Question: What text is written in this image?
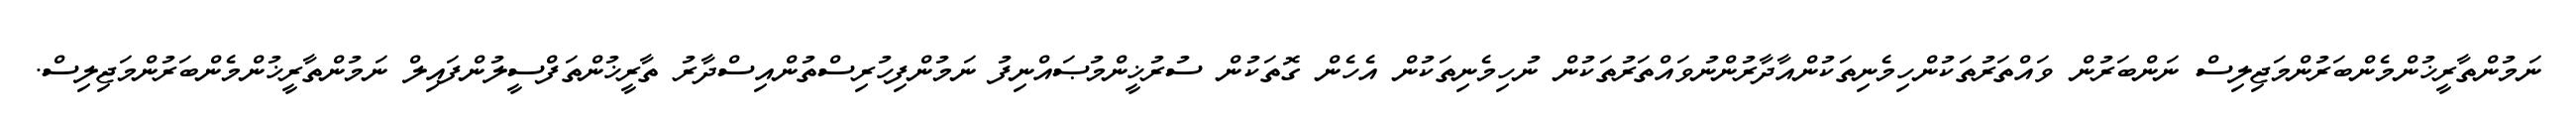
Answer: ނަމުންތާރީޚުންމެންބަރުންމަޖިލިސް ނަންބަރުން ވައްތަރުތަކުންހިމެނިތަކުންއާދާރުންނުވައްތަރުތަކުން ނުހިމެނިތަކުން އެހެން ގޮތަކުން ސުރުޚީންމުޞައްނިފު ނަމުންފިހުރިސްތުންއިސްދާރު ތާރީޚުންތަފްސީލުންފައިލް ނަމުންތާރީޚުންމެންބަރުންމަޖިލިސް.